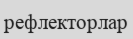
рефлекторлар